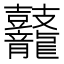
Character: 𪔷